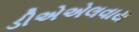
ડીએએલવાય